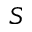
S